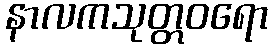
နာလကသုတ္တဝရော